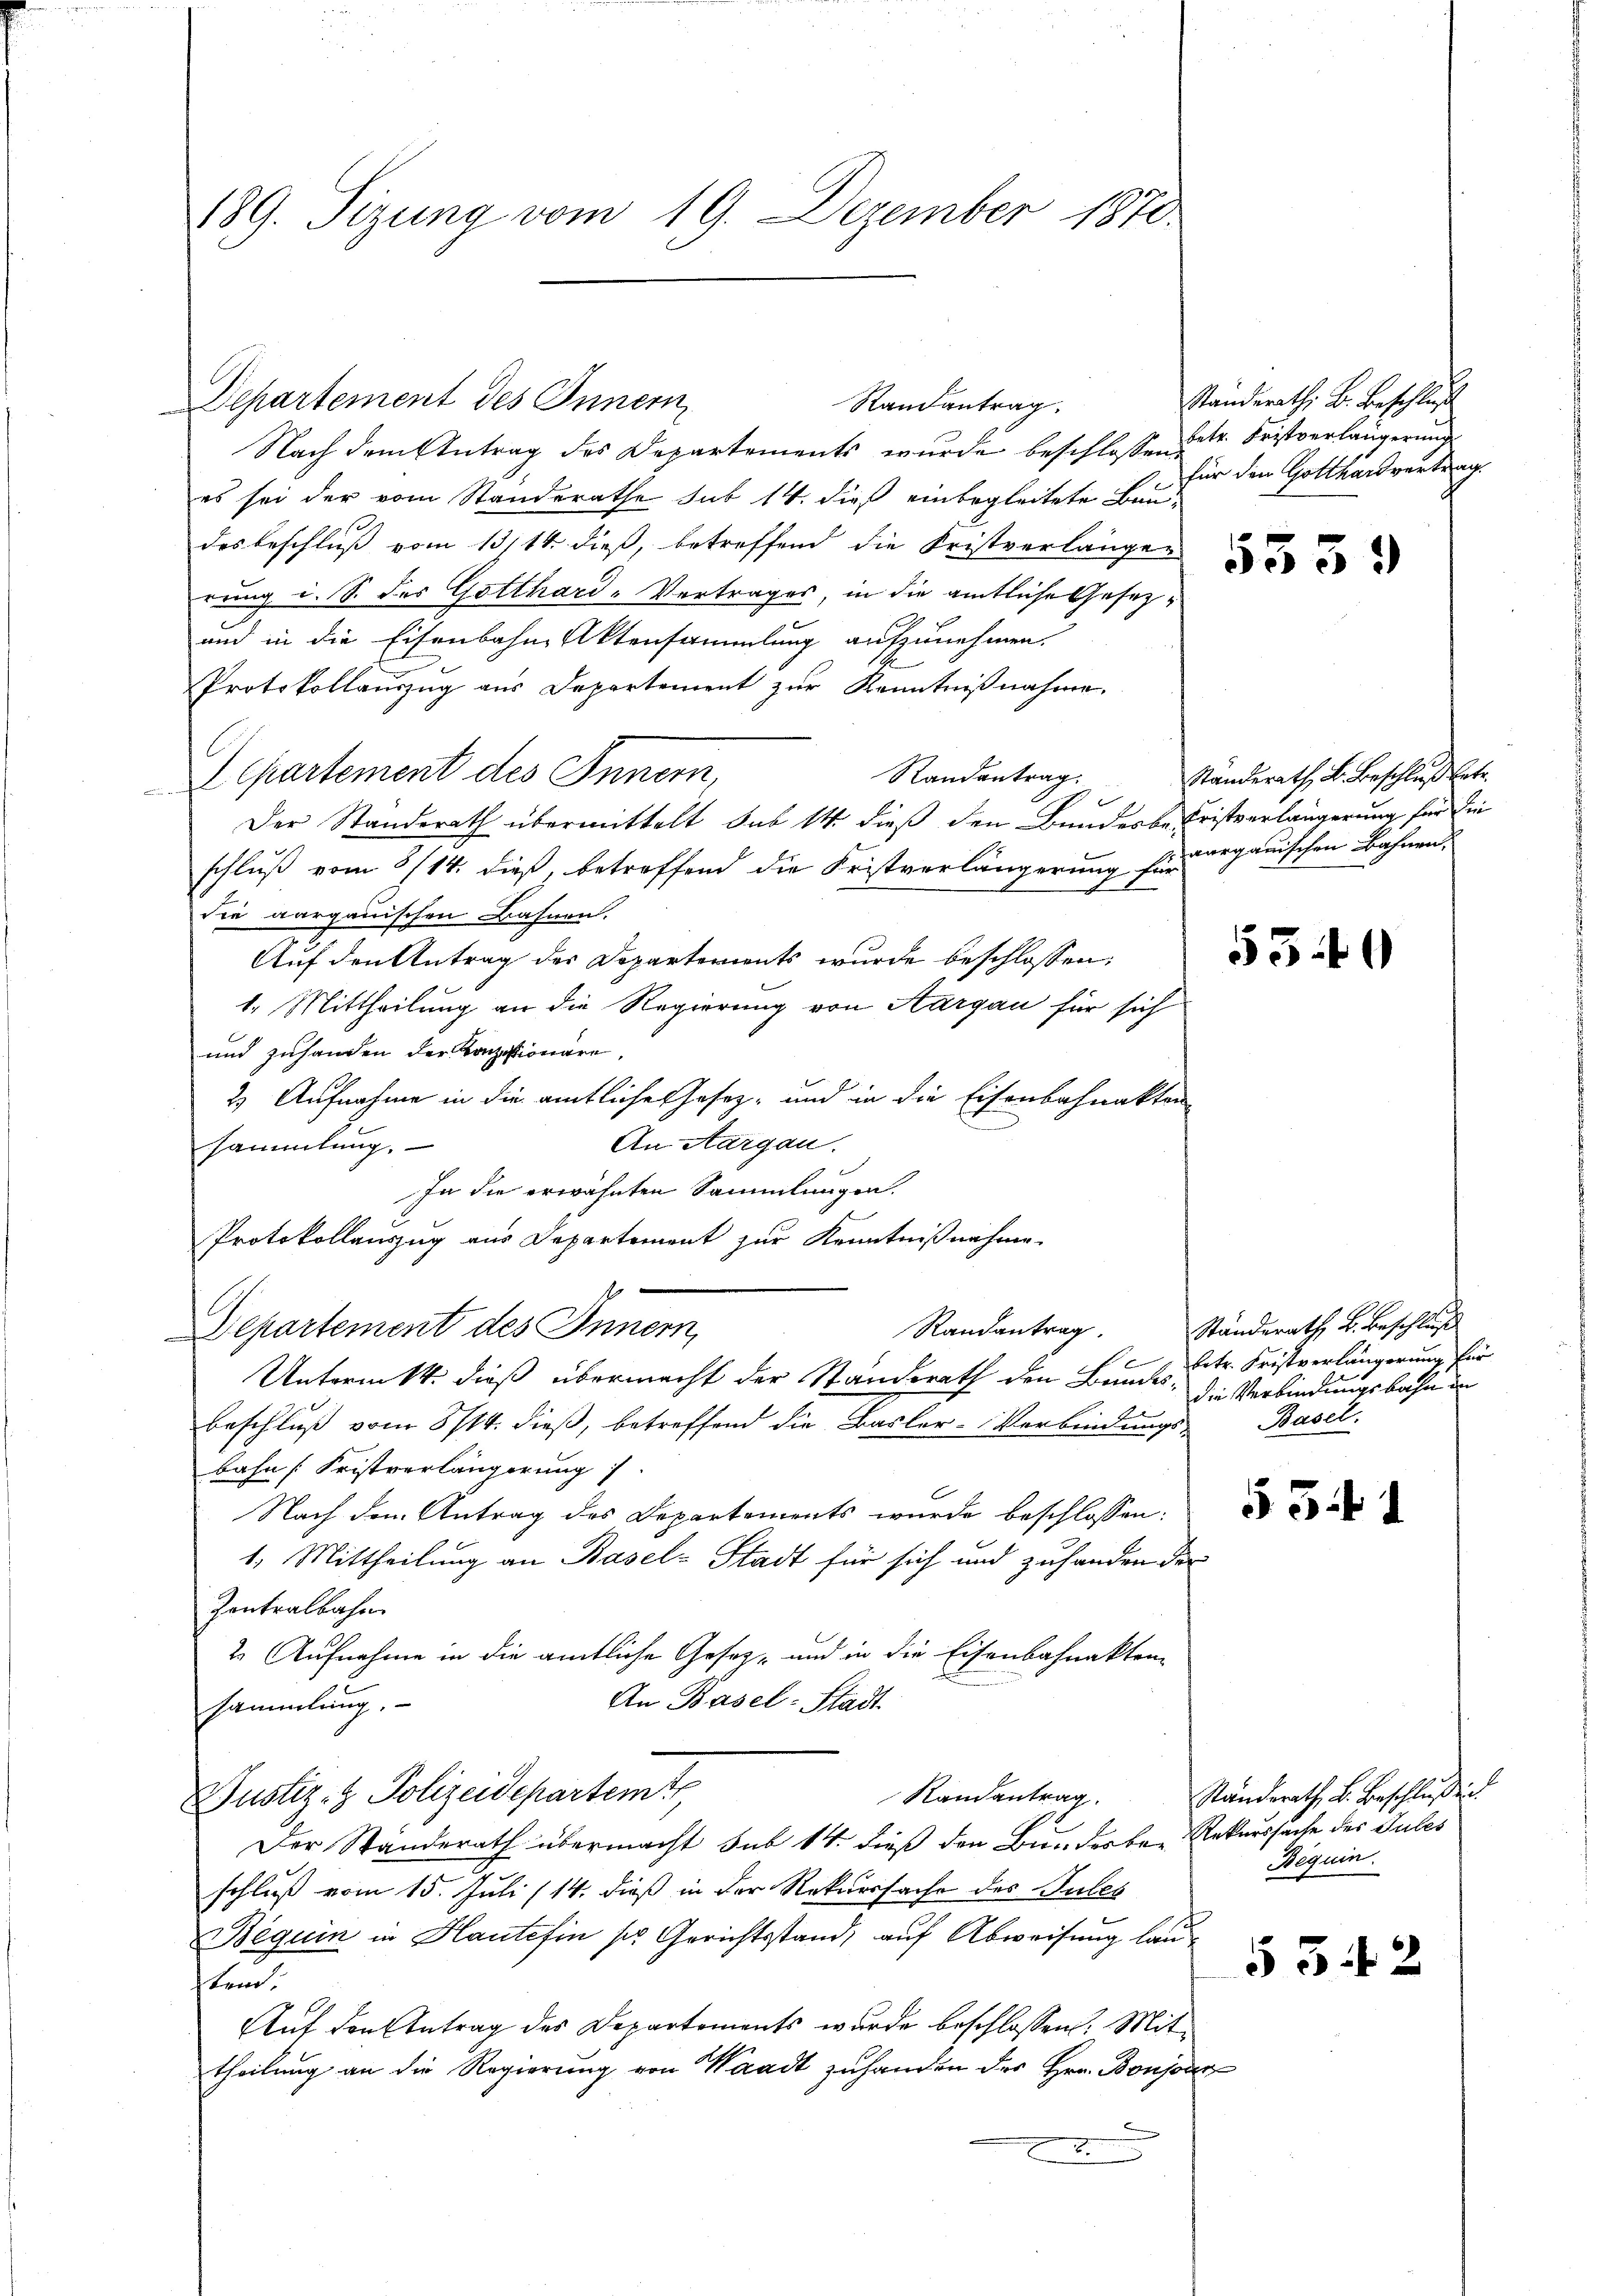
189. Sizung vom 19. Dezember 1870.

Departement des Innern,

Nach dem Antrag des Departements wurde beschlossen
es sei der vom Standerathe sub 14. dieß einbegleitete Bau-
des beschluß vom 13/14. dieß, betreffend die Fristverlängen
rung i. S. des Gotthard-Vertrages, in die amtliche Gesez¬
und in die Eisenbahn Aktensammlung aufzunehmen.
Protokollauszug aus Departement zur Kenntnißnahme.
Randantrag.
Separtement des Innern,
Der Standerath übermittelt sub 14 dieß den Bundesbe Fristverlängerung für die
schluß vom 8/14. dieß, betreffend die Fristverlängerung für
die aargauischen Bahnen.
Auf den Antrag der Departements wurde beschlossen:
1. Mittheilung an die Regierung von Aargau für sich
und zuhanden der Konzessionäre.
2) Aufnahme in die amtliche Gesetz- und in die Eisenbahnakten
An Aargau.
sammlung.
In die erwähnten Sammlungen.
Protokollauszug aus Departement zur Kenntnißnahme.
Randantrag.
Departement des Innern,
Untermtt. dieß übermacht der Standerath den Bundes¬
Beschluß vom 8/14. dieß, betreffend die Basler-Verbindungs-
bahn Fristverlängerung
Nach dem Antrag des Departements wurde beschlossen:
1. Mittheilung an Basel-Stadt für sich und zuhanden der
Zentralbahn
2. Aufnahme in die amtliche Gesetz- und in die Eisenbahnakten
An Basel-Stadt
sammlung.
Justiz- & Polizeidepartem
Randantrag
Der Standerath übermacht sub 14. dieß den Bunderber Rekurssache des Gutes
f
schluß vom 15. Juli (14. dieß in der Rekurssache des Gutes
Beguin in Haute fin so Gerichtsstand, auf Abweisung laubend.
Auf den Antrag des Departements wurde beschlossen: Mittheilung an die Regierung von Waadt zu handen des Hrn. Bonjoin
.
.

Randantrag.

Ständerath, B. Beschluß
betr. Fristverlängerung
für den Gotthardvertrag.

5339

Ständerath, B. Beschluß betr.
aargauischen Bahnen,

530

Ständerath B. Beschluß
betr. Fristverlängerung für
die Verbindungsbahn in
Basel.

e

53. 1

Ständerath B. Beschlussen
Bequin.

5542